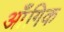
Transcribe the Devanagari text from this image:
आँगिक